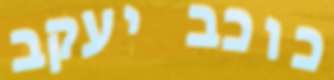
כוכב יעקב